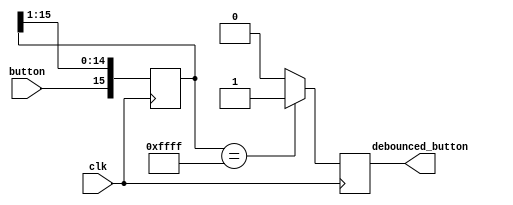
`timescale 1ns / 1ps
//////////////////////////////////////////////////////////////////////////////////
// Company: 
// Engineer: 
// 
// Design Name: 
// Module Name: button_debouncer
// Project Name: 
// Target Devices: 
// Tool Versions: 
// Description: 
// 
// Dependencies: 
// 
// Revision:
// Revision 0.01 - File Created
// Additional Comments:
// 
//////////////////////////////////////////////////////////////////////////////////


module button_debouncer #(parameter depth = 16) (
    input wire clk,                 /* 5 KHz clock */
    input wire button,              /* Input button from constraints */
    output reg debounced_button
    );
    
    localparam history_max = (2**depth)-1;

    /* History of sampled input button */
    reg [depth-1:0] history;

    always @ (posedge clk)
    begin
        /* Move history back one sample and insert new sample */
        history <= { button, history[depth-1:1] };
        
        /* Assert debounced button if it has been in a consistent state throughout history */
        debounced_button <= (history == history_max) ? 1'b1 : 1'b0;
    end
endmodule